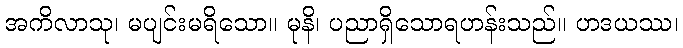
အကိလာသု၊ မပျင်းမရိသော။ မုနိ၊ ပညာရှိသောရဟန်းသည်။ ဟဒယဿ၊